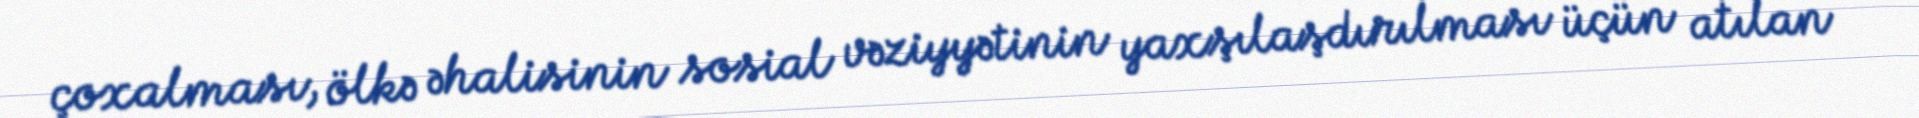
çoxalması, ölkə əhalisinin sosial vəziyyətinin yaxşılaşdırılması üçün atılan